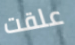
علقت